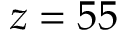
z = 5 5